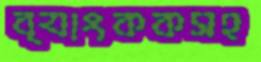
ব্যাংককসহ